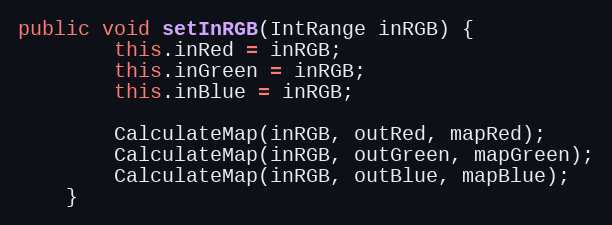
Language: Java
public void setInRGB(IntRange inRGB) {
        this.inRed = inRGB;
        this.inGreen = inRGB;
        this.inBlue = inRGB;

        CalculateMap(inRGB, outRed, mapRed);
        CalculateMap(inRGB, outGreen, mapGreen);
        CalculateMap(inRGB, outBlue, mapBlue);
    }